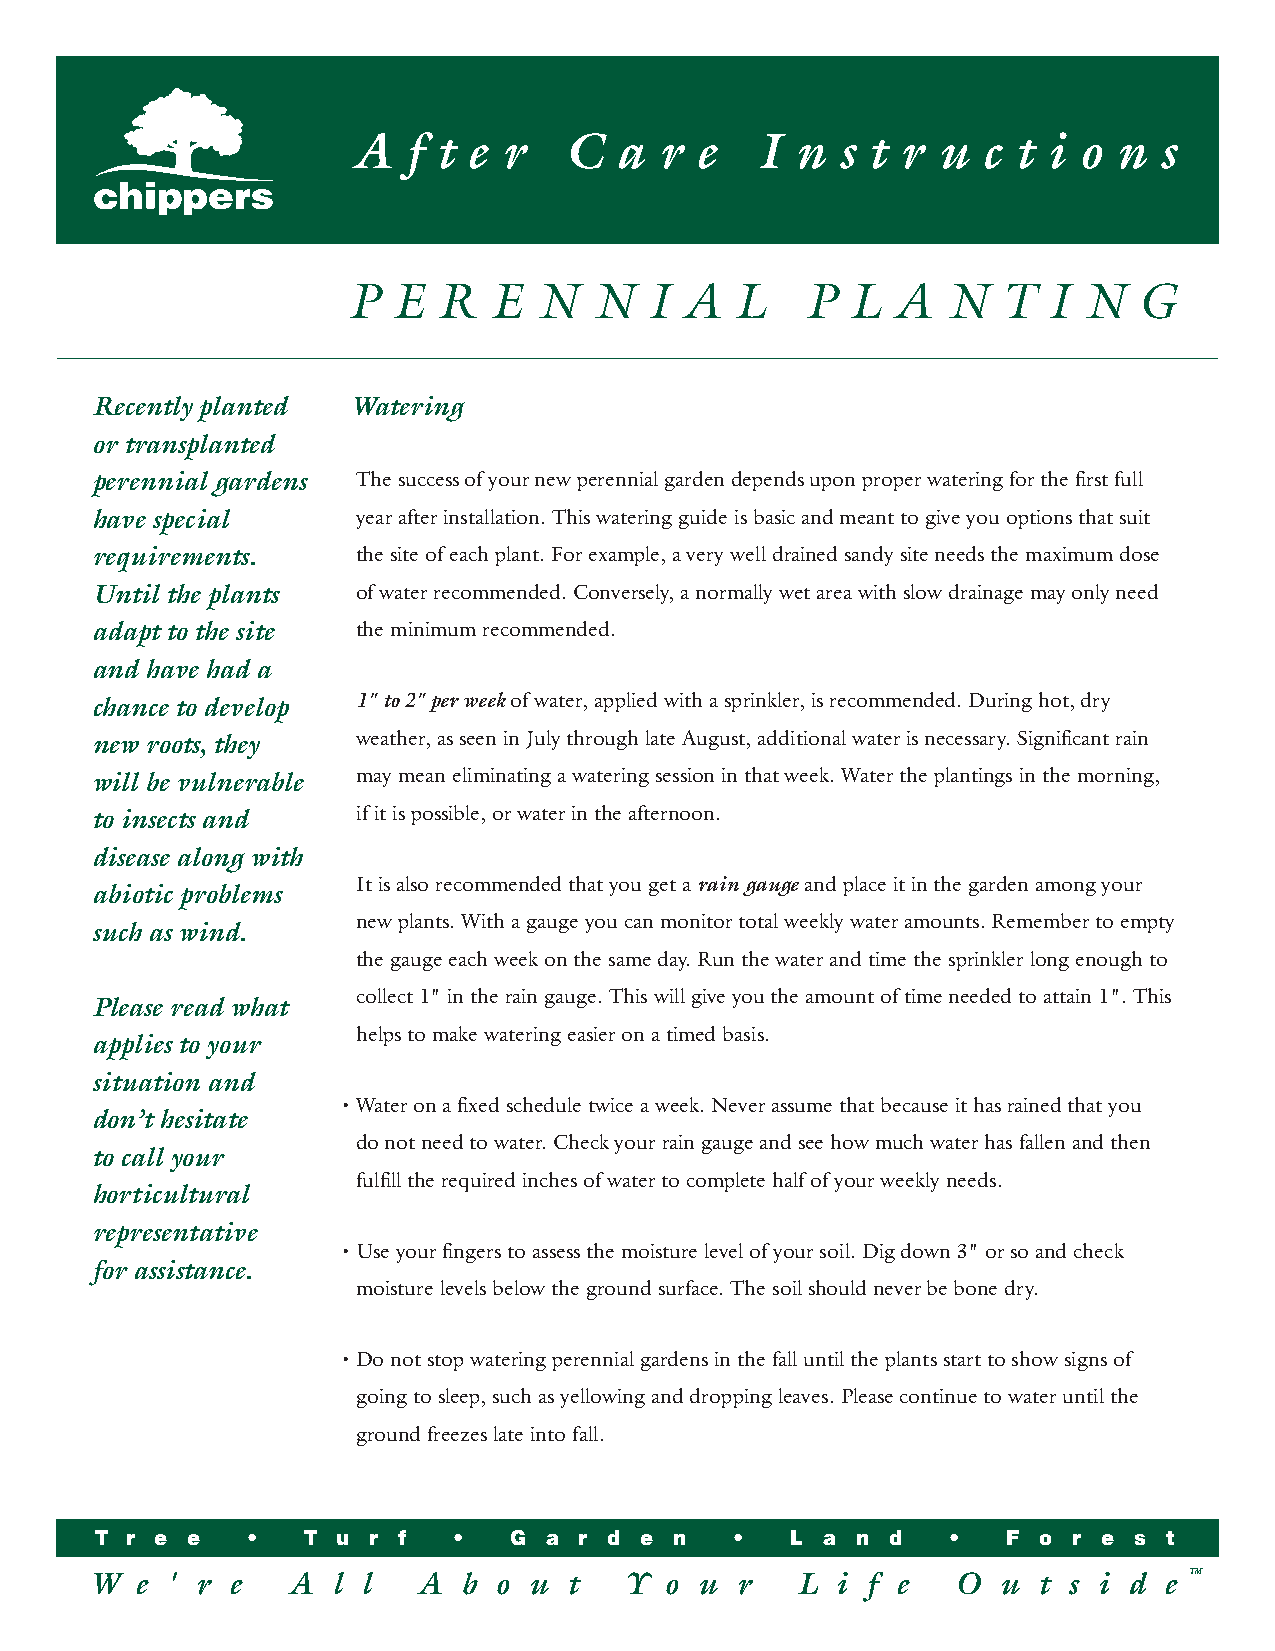
A   f t e r   C   a  r e   I  n  s t r u  c t i o  n  s
 P  E  R  E  N   N   I A   L   P  L  A   N  T  I  N  G
 Recently planted W atering
 or transplanted
 perennial gardens The success of your new perennial garden depends upon proper watering for the first full
 have special      year after installation. This watering guide is basic and meant to give you options that suit
 requirements.     the site of each plant. For example, a very well drained sandy site needs the maximum dose
 Until the plants  of water recommended. Conversely, a normally wet area with slow drainage may only need
 adapt to the site the minimum recommended.
 and have had a
 chance to develop 1" to 2" per week of water, applied with a sprinkler, is recommended. During hot, dry
 new roots, they   weather, as seen in July through late August, additional water is necessary. Significant rain
 will be vulnerable may mean eliminating a watering session in that week. Water the plantings in the morning,
 to insects and    if it is possible, or water in the afternoon.
 disease along with
 It is also recommended that you get a rain gauge and place it in the garden among your
 abiotic problems
 new plants. With a gauge you can monitor total weekly water amounts. Remember to empty
 such as wind.
 the gauge each week on the same day. Run the water and time the sprinkler long enough to
 collect 1" in the rain gauge. This will give you the amount of time needed to attain 1". This
 Please read what
 helps to make watering easier on a timed basis.
 applies to your
 situation and
 • Water on a fixed schedule twice a week. Never assume that because it has rained that you
 don’t hesitate
 do not need to water. Check your rain gauge and see how much water has fallen and then
 to call your
 fulfill the required inches of water to complete half of your weekly needs.
 horticultural
 representative
 • Use your fingers to assess the moisture level of your soil. Dig down 3" or so and check
 for assistance.
 moisture levels below the ground surface. The soil should never be bone dry.
 • Do not stop watering perennial gardens in the fall until the plants start to show signs of
 going to sleep, such as yellowing and dropping leaves. Please continue to water until the
 ground freezes late into fall.
 T r e e   •   T u r f   •   G a r d e  n   •  L  a n d   •   F o r e s t
 W  e ' r e   A  l l   A  b o u  t  Y  o u  r   L i f e   O  u  t s i d e TM